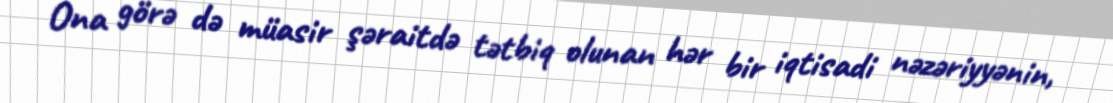
Ona görə də müasir şəraitdə tətbiq olunan hər bir iqtisadi nəzəriyyənin,